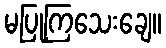
မပြုကြသေးချေ။